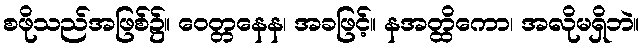
စဖိုသည်အဖြစ်၌။ ဝေတ္တနေန၊ အခဖြင့်။ နအတ္ထိကော၊ အလိုမရှိဘဲ။